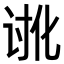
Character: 𮙉